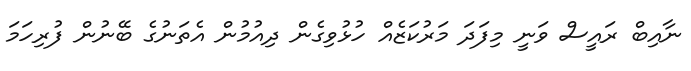
ނާއިބް ރައީސް ވަނީ މިފަދަ މަރުކަޒެއް ހުޅުވިގެން ދިއުމުން އެތަނުގެ ބޭނުން ފުރިހަމަ